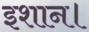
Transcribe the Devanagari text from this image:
इशान।